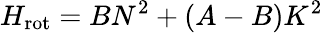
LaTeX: H_{\mathrm{rot}}=BN^{2}+(A-B)K^{2}